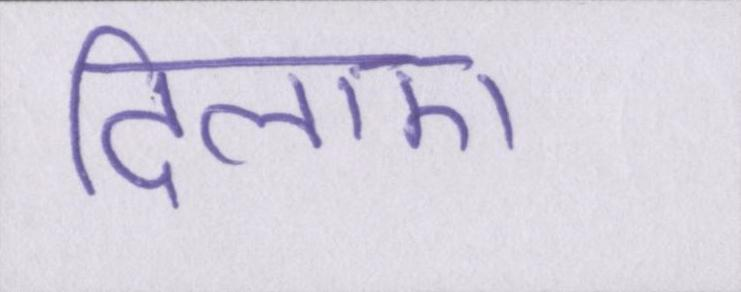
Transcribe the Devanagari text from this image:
दिलाए